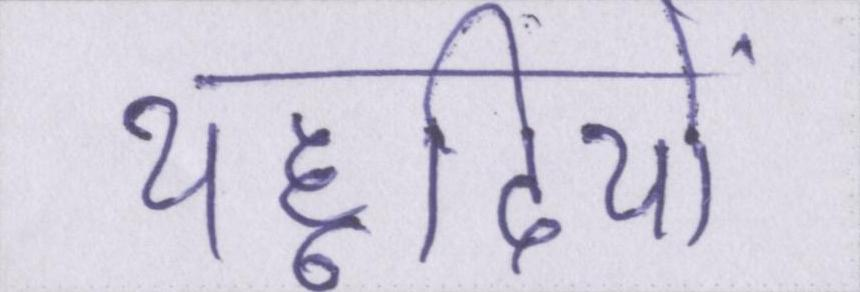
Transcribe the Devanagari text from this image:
यहूदियों